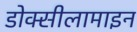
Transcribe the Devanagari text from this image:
डोक्सीलामाइन